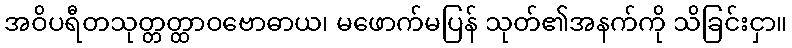
အဝိပရီတသုတ္တတ္ထာဝဗောဓာယ၊ မဖောက်မပြန် သုတ်၏အနက်ကို သိခြင်းငှာ။